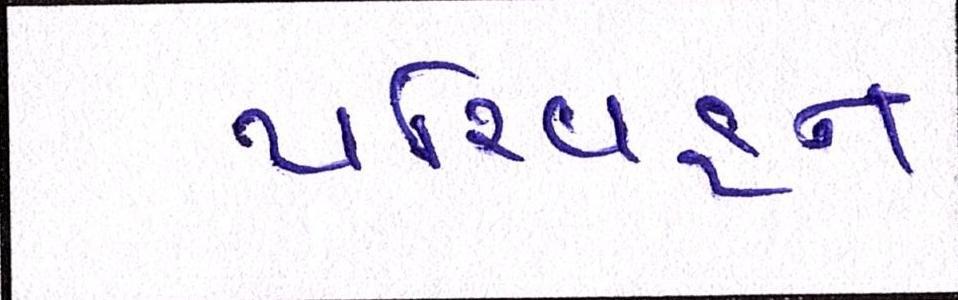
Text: પરિવહન